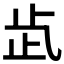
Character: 𣥓